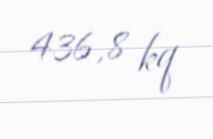
436,8 kq